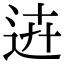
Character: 𨒍